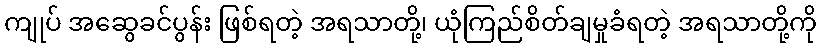
ကျုပ် အဆွေခင်ပွန်း ဖြစ်ရတဲ့ အရသာတို့၊ ယုံကြည်စိတ်ချမှုခံရတဲ့ အရသာတို့ကို